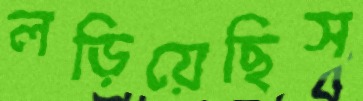
লড়িয়েছিস